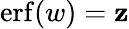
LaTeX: \operatorname{erf}(w)=\mathbf{z}